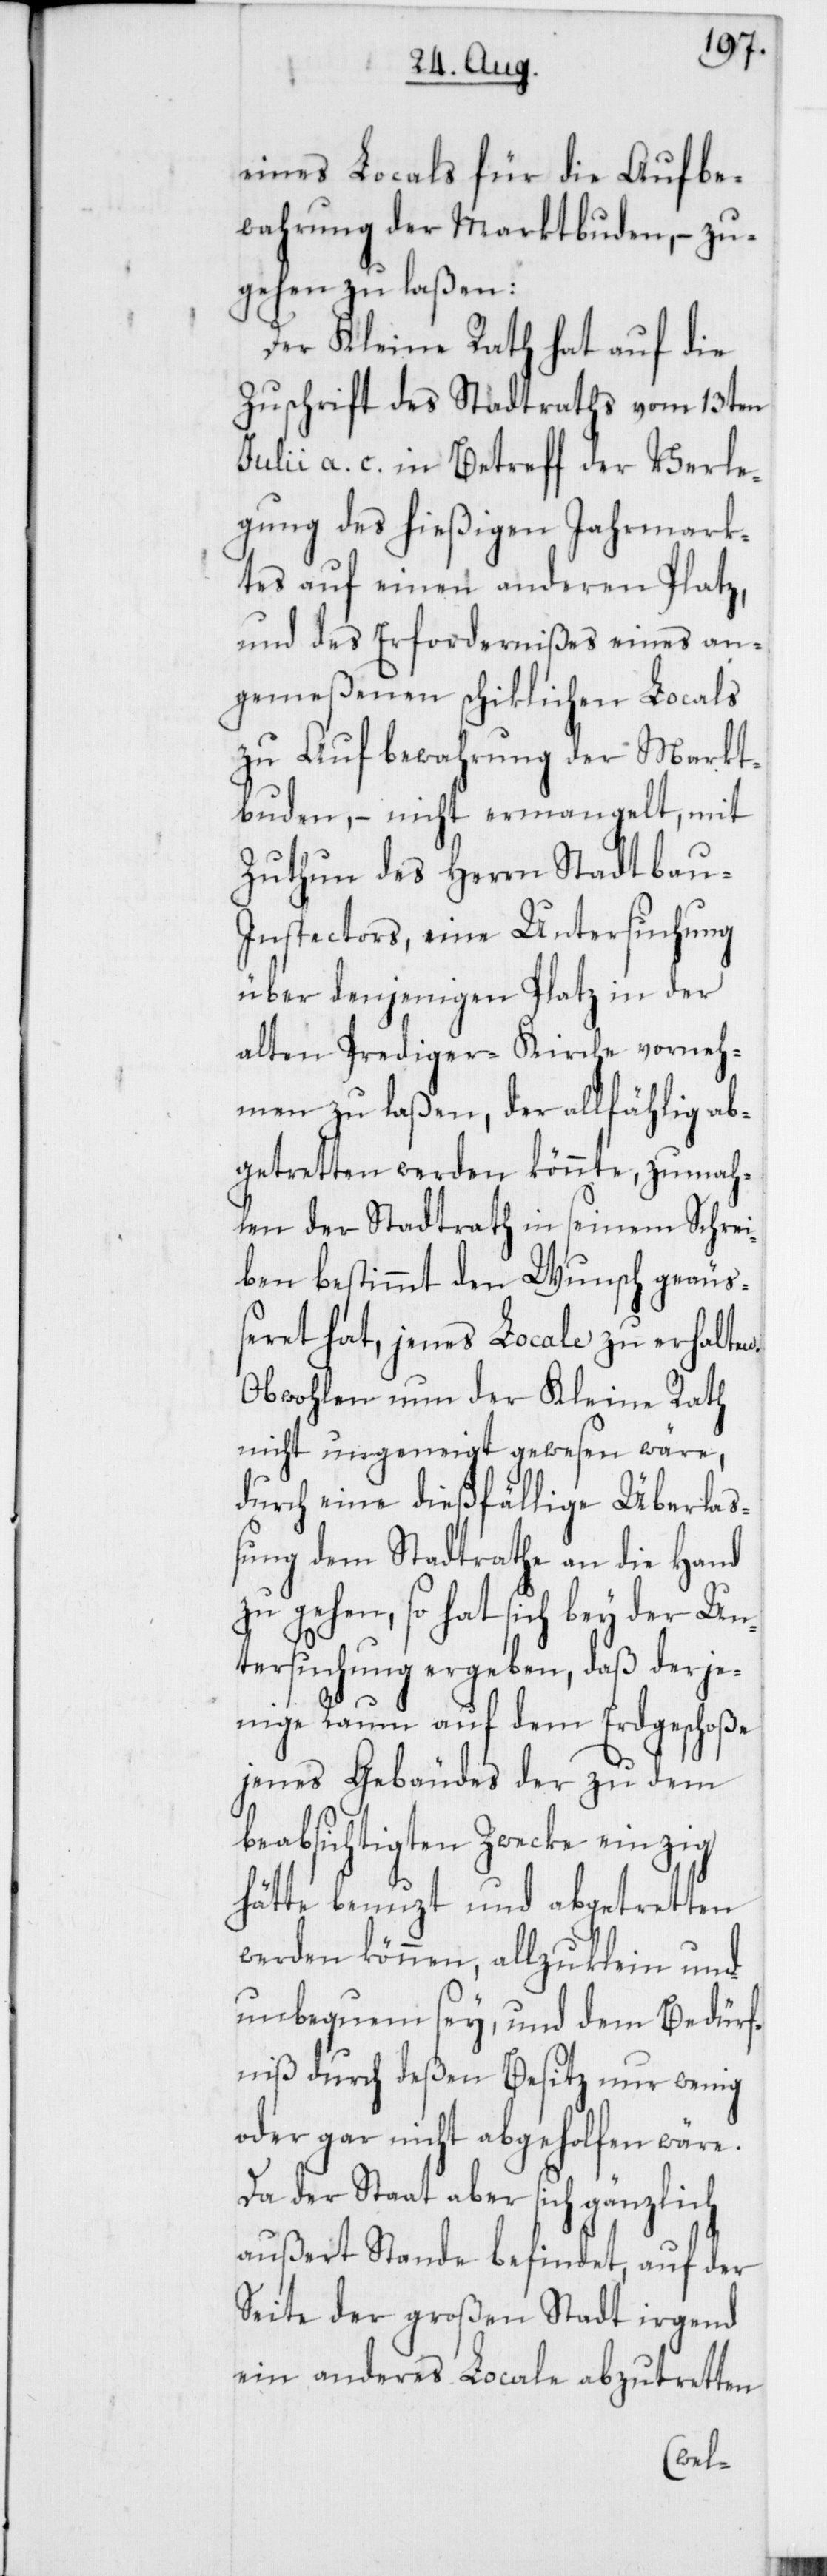
eines Locals für die Aufbe¬
wahrung der Marktbuden, – zu¬
gehen zu laßen:
Der Kleine Rath hat auf die
Zuschrift des Stadtraths vom 13ten
Julii a. c. in Betreff der Verle¬
gung des hießigen Jahrmark¬
tes auf einen anderen Platz,
und des Erfordernißes eines an¬
gemeßenen schiklichen Locals
zu Aufbewahrung der Markt¬
buden, – nicht ermangelt, mit
Zuthun des Herrn Stadtbau-I¬
nspectors, eine Untersuchung
über denjenigen Platz in der
alten Prediger-Kirche vorneh¬
men zu laßen, der allfählig ab¬
getretten werden könnte, zumah¬
len der Stadtrath in seinem Schre¬
iben bestimmt den Wunsch geäu¬
ßeret hat, jenes Locale zu erhalten.
Obwohlen nun der Kleine Rath
nicht ungeneigt gewesen wäre,
durch eine dießfällige Überlaß¬
ung dem Stadtrathe an die Hand
zu gehen, so hat sich bey der Un¬
tersuchung ergeben, daß derje¬
nige Raum auf dem Erdgeschoße
jenes Gebäudes der zu dem
beabsichtigten Zwecke einzig
hätte benuzt und abgetretten
werden können, allzuklein und
unbequem sey, und dem Bedürf¬
niß durch deßen Besitz nur wenig
oder gar nicht abgeholfen wäre.
Da der Staat aber sich gänzlich
außert Stande befindet, auf der
Seite der großen Stadt irgend
ein anderes Locale abzutretten